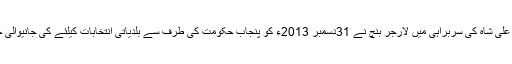
تفصیلات کے مطابق لاہور ہائیکورٹ کے جسٹس منصور علی شاہ کی سربراہی میں لارجر بنچ نے 31دسمبر 2013ء کو پنجاب حکومت کی طرف سے بلدیاتی انتخابات کیلئے کی جانیوالی حلقہ بندیوں کو کالعدم قرار دینے کا مختصر فیصلہ دیا تھا ۔